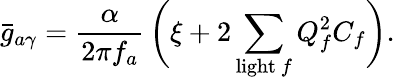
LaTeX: \bar{g}_{a\gamma}=\frac{\alpha}{2\pi f_{a}}\, \biggl(\xi+2\sum_{\mathrm{light~}f}Q_{f}^{2}C_{f}\biggr).